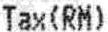
TAX(RM)